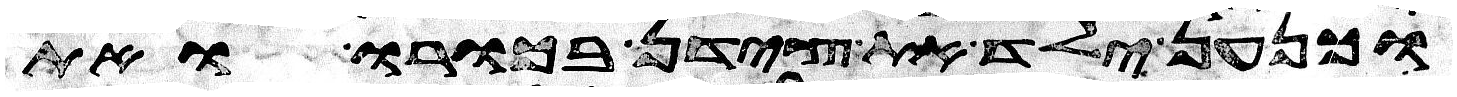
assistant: וכנען ילד את צידון בכורו ואת